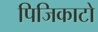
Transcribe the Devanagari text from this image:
पिजिकाटो